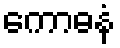
ကောဓနံ